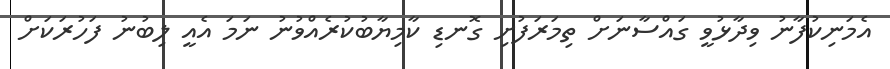
އެމަނިކުފާނު ވިދާޅުވީ ގައްސާނަށް ތިމަރަފުށި ގޮނޑި ކާމިޔާބުކުރެއްވުނު ނަމަ އެއީ ލިބުނު ފަހުރަކަށް